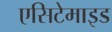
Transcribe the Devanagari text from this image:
एसिटेमाइड